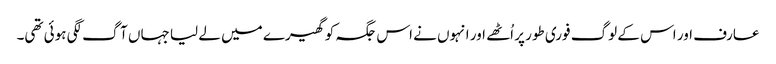
عارف اور اس کے لوگ فوری طور پر اُٹھے اور انہوں نے اس جگہ کو گھیرے میں لے لیا جہاں آگ لگی ہوئی تھی۔